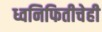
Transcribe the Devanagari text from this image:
ध्वनिफितीचेही